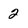
Character: 2